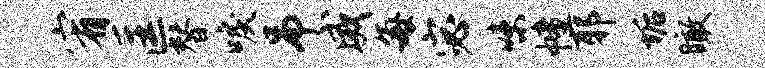
宥匡替唳吊威每宓味幢耶垢瞰